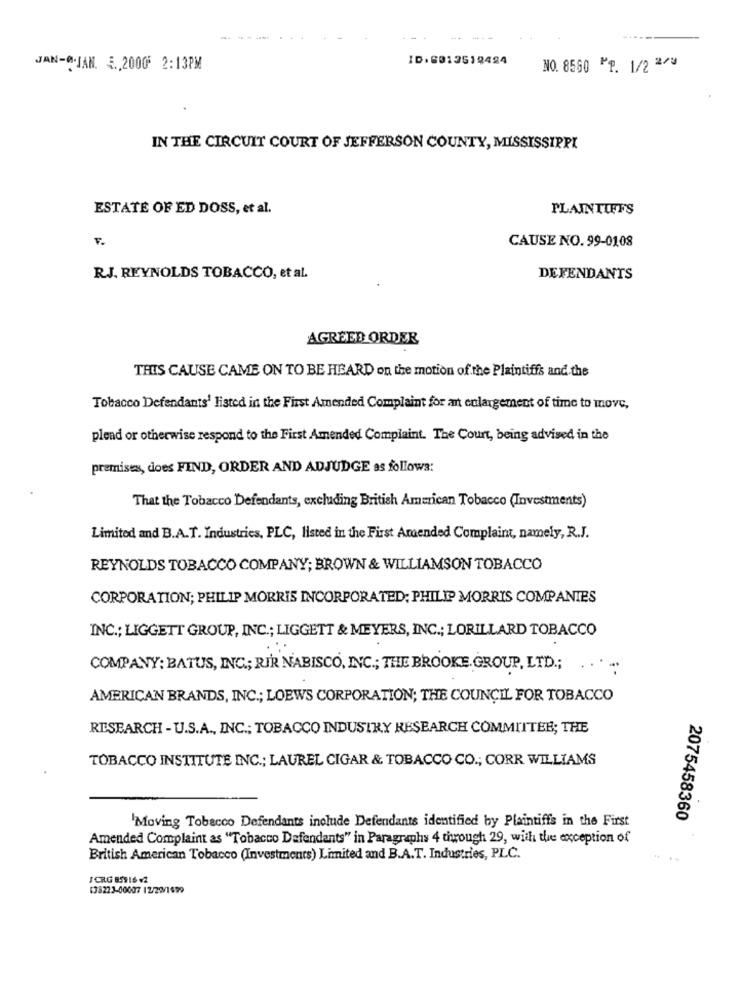
.. ..
ID:6012519494
JAN-@.JAN. E ., 2000 2:13PM
NO. 8560 PP. 1/2 2/3
IN THE CIRCUIT COURT OF JEFFERSON COUNTY, MISSISSIPPI
ESTATE OF ED DOSS, et al.
PLAINTIFFS
CAUSE NO. 99-0108
RJ. REYNOLDS TOBACCO, et al.
DEFENDANTS
AGREED ORDER
THIS CAUSE CAME ON TO BE HEARD on the motion of the Plaintiffs and the
Tobacco Defendants' listed in the First Amended Complaint for an enlargement of time to move,
plead or otherwise respond to the First Amended Complaint. The Court, being advised in the
premises, does FIND, ORDER AND ADJUDGE as follows:
That the Tobacco Defendants, excluding British American Tobacco (Investments)
Limited and B.A.T. Industries, PLC, listed in the First Amended Complaint, namely, R.J.
REYNOLDS TOBACCO COMPANY; BROWN & WILLIAMSON TOBACCO
CORPORATION; PHILIP MORRIS INCORPORATED; PHILIP MORRIS COMPANIES
INC .; LIGGETT GROUP, INC .; LIGGETT & MEYERS, INC .; LORILLARD TOBACCO
COMPANY: BATUS, INC .; RIR NABISCO, INC .; THE BROOKE. GROUP, LTD .;
AMERICAN BRANDS, INC .; LOEWS CORPORATION; THE COUNCIL FOR TOBACCO
RESEARCH - U.S.A ., INC .; TOBACCO INDUSTRY RESEARCH COMMITTEE; THE
TOBACCO INSTITUTE INC .; LAUREL CIGAR & TOBACCO CO .; CORR WILLIAMS
'Moving Tobacco Defendants include Defendants identified by Plaintiffs in the First
2075458360
Amended Complaint as "Tobacco Defendants" in Paragraphs 4 through 29, with the exception of
British American Tobacco (Investments) Limited and B.A.T. Industries, PLC.
J CRG 85916 V2
133223-00007 12/29/1699